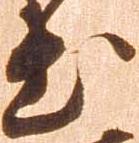
出